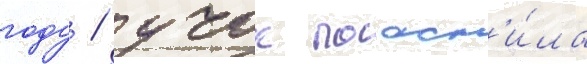
году / учок поасн'и́ла